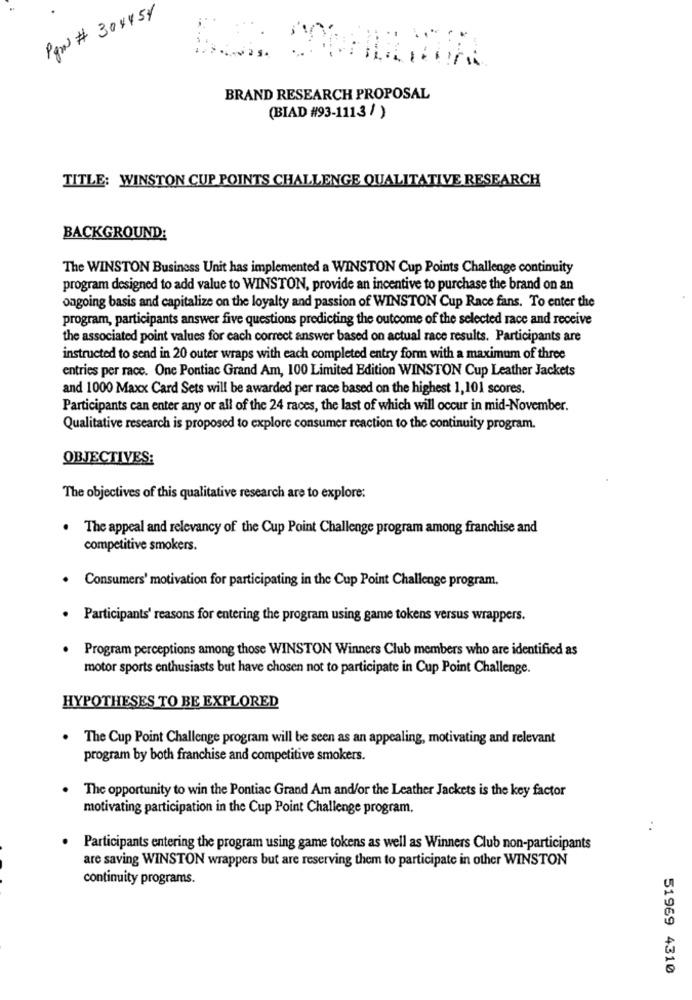
Pgw # 304454
BRAND RESEARCH PROPOSAL
(BIAD #93-1113 / )
TITLE: WINSTON CUP POINTS CHALLENGE QUALITATIVE RESEARCH
BACKGROUND:
The WINSTON Business Unit has implemented a WINSTON Cup Points Challenge continuity
program designed to add value to WINSTON, provide an incentive to purchase the brand on an
ongoing basis and capitalize on the loyalty and passion of WINSTON Cup Race fans. To enter the
program, participants answer five questions predicting the outcome of the selected race and receive
the associated point values for each correct answer based on actual race results. Participants are
instructed to send in 20 outer wraps with each completed entry form with a maximum of three
entries per race. One Pontiac Grand Am, 100 Limited Edition WINSTON Cup Leather Jackets
and 1000 Maxx Card Sets will be awarded per race based on the highest 1,101 scores.
Participants can enter any or all of the 24 races, the last of which will occur in mid-November.
Qualitative research is proposed to explore consumer reaction to the continuity program.
OBJECTIVES:
The objectives of this qualitative research are to explore:
. The appeal and relevancy of the Cup Point Challenge program among franchise and
competitive smokers.
Consumers' motivation for participating in the Cup Point Challenge program.
. Participants' reasons for entering the program using game tokens versus wrappers.
. Program perceptions among those WINSTON Winners Club members who are identified as
motor sports enthusiasts but have chosen not to participate in Cup Point Challenge.
HYPOTHESES TO BE EXPLORED
. The Cup Point Challenge program will be seen as an appealing, motivating and relevant
program by both franchise and competitive smokers.
The opportunity to win the Pontiac Grand Am and/or the Leather Jackets is the key factor
motivating participation in the Cup Point Challenge program.
..
Participants entering the program using game tokens as well as Winners Club non-participants
are saving WINSTON wrappers but are reserving them to participate in other WINSTON
continuity programs.
51969 4310